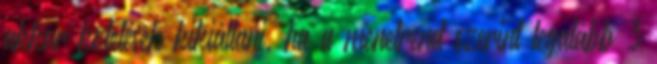
akkor kötelesek kikiáltani, ha a menetrend szerint legalább 3